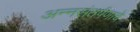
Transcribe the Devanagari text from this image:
अन्नसंतर्पणाचे